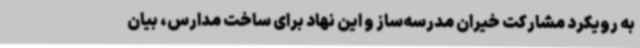
به رویکرد مشارکت خیران مدرسه‌ساز و این نهاد برای ساخت مدارس، بیان